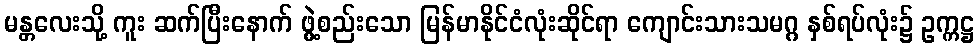
မန္တလေးသို့ ကူး ဆက်ပြီးနောက် ဖွဲ့စည်းသော မြန်မာနိုင်ငံလုံးဆိုင်ရာ ကျောင်းသားသမဂ္ဂ နှစ်ရပ်လုံး၌ ဥက္ကဋ္ဌ